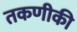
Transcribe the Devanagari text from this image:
तकणीकी